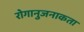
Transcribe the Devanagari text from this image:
रोगानुजनाकता